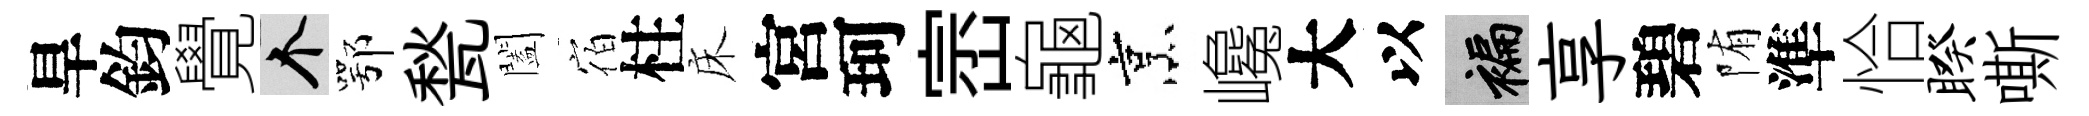
旱鈞覺个鄂甃闔宿柱床宮珂崈龜烹巉大以褊享碧陏準恰睽嘶